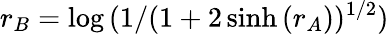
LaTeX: r_{B}=\log{(1/(1+2\sinh{(r_{A})})^{1/2})}